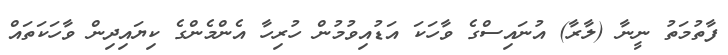
ފާތުމަތު ނީނާ (ލާރާ) އުނައިސްގެ ވާހަކަ އަޑުއިވުމުން ހުރިހާ އެންމެންގެ ކިޔައިދިން ވާހަކަތައް